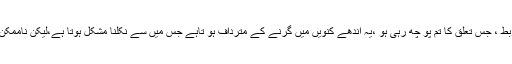
جس ربط ، جس تعلق کا تم پو چھ رہی ہو ،یہ اندھے کنویں میں گرنے کے مترداف ہو تاہے جس میں سے نکلنا مشکل ہوتا ہے،لیکن ناممکن نہیں ۔